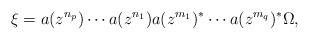
LaTeX: \begin{align*}\xi = a(z^{n_p}) \cdots a(z^{n_1}) a(z^{m_1})^* \cdots a(z^{m_q})^* \Omega,\end{align*}